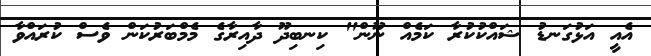
އެއީ އަޅުގަނޑު ޝައްކުކުރާ ކަމެއް ނޫން" ކިނބިދޫ ދާއިރާގެ މެމްބަރުކަން ވެސް ކުރައްވާ